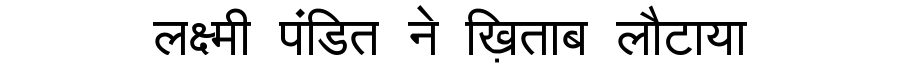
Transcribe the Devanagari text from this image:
लक्ष्मी पंडित ने ख़िताब लौटाया